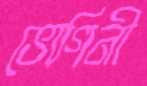
ভোগিনী